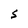
Character: S